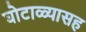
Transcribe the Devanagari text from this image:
घोटाळ्यासह